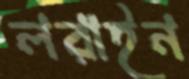
লরাইন